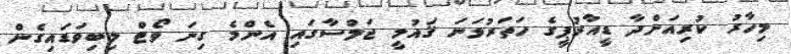
މިހާރު ކުރިއަށްދާ ޑީއާރުޕީގެ ހަތަރުވަނަ ޤައުމީ ޖަލްސާގައި އެންމެ ގިނަ ވޯޓް ލިބިވަޑައިގެން